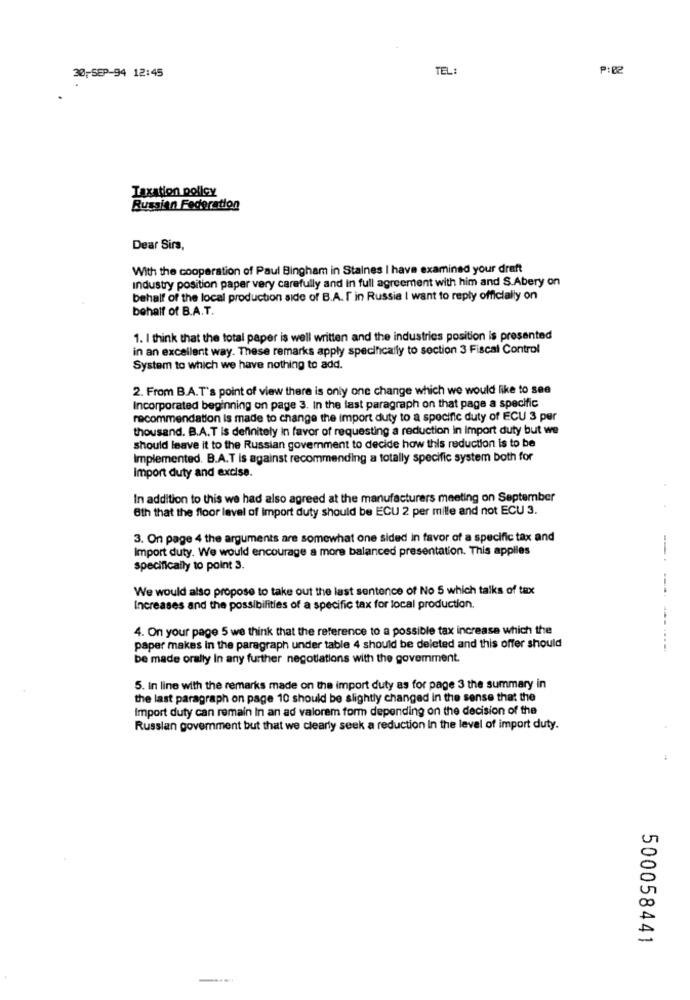
30-SEP-94 12:45
TEL:
P:B2
Taxation policy
Russian Federation
Dear Sirs,
With the cooperation of Paul Bingham in Staines I have examined your draft
Industry position paper very carefully and in full agreement with him and S.Abery on
behalf of the local production side of B.A. I in Russia I want to reply officially on
behalf of B.A.T.
1. I think that the total paper is well written and the industries position is presented
in an excellent way. These remarks apply specifically to section 3 Fiscal Control
System to which we have nothing to add.
2. From B.A.T's point of view there is only one change which we would like to see
Incorporated beginning on page 3. In the last paragraph on that page a specific
recommendation is made to change the import duty to a specific duty of ECU 3 per
thousand. B.A.T is definitely in favor of requesting a reduction in Import duty but we
should leave it to the Russian government to decide how this reduction is to be
Implemented. B.A.T is against recommending a totally specific system both for
Import duty and excise.
In addition to this we had also agreed at the manufacturers meeting on September
8th that the floor level of import duty should be ECU 2 per mille and not ECU 3.
3. On page 4 the arguments are somewhat one sided in favor of a specific tax and
Import duty. We would encourage a more balanced presentation. This applies
specifically to point 3.
We would also propose to take out the last sentence of No 5 which talks of tax
Increases and the possibilities of a specific tax for local production.
4. On your page 5 we think that the reference to a possible tax increase which the
paper makes in the paragraph under table 4 should be deleted and this offer should
-.......
be made orally In any further negotiations with the govemment.
5. In line with the remarks made on the import duty as for page 3 the summary in
the last paragraph on page 10 should be slightly changed in the sense that the
Import duty can remain In an ad valorem form depending on the decision of the
Russian goverment but that we clearly seek a reduction In the level of import duty.
500058441